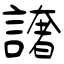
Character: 譇